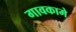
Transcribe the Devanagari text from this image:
गावकामे